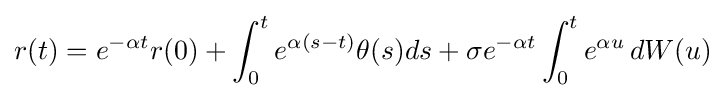
r(t)=e^{-\alpha t}r(0)+\int _{0}^{t}e^{\alpha (s-t)}\theta (s)ds+\sigma e^{-\alpha t}\int _{0}^{t}e^{\alpha u}\,dW(u)